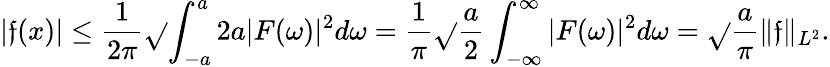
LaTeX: |\mathfrak{f}(x)|\leq{\frac{{1}}{{2\pi}}}{\sqrt{}{{\int_{-a}^{a}2a|F(\omega)|^{2}d\omega}}}={\frac{{1}}{{\pi}}}{\sqrt{}{{{\frac{{a}}{{2}}}\int_{-\infty}^{\infty}|F(\omega)|^{2}d\omega}}}={\sqrt{}{{\frac{{a}}{{\pi}}}}}\| \mathfrak{f}\| _{L^{2}}.